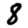
Digit: 8